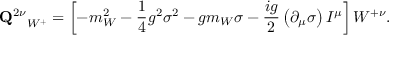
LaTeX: { { \bf Q } ^ { 2 \nu } } _ { W ^ { + } } = \left[ - m _ { W } ^ { 2 } - \frac { 1 } { 4 } g ^ { 2 } \sigma ^ { 2 } - g m _ { W } \sigma - \frac { i g } { 2 } \left( \partial _ { \mu } \sigma \right) I ^ { \mu } \right] W ^ { + \nu } .